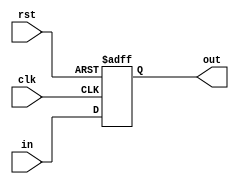
module reg1 (in, rst, clk, out);

input in;
input rst, clk;

output out;

reg IM_ID;

always @(posedge clk or negedge rst)
	if (!rst)
		IM_ID <= 1'b0;
	else  
		IM_ID <= in;

assign out = IM_ID;
endmodule